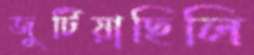
জুটিয়াছিলি